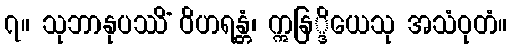
၇။ သုဘာနုပဿိံ ဝိဟရန္တံ၊ ဣနြ္ဒိယေသု အသံဝုတံ။